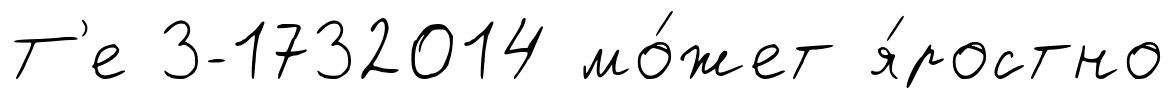
Т'е 3-1732014 мо́жет я́ростно